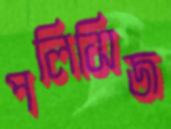
পলিসিজ